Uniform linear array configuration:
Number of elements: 32
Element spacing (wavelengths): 0.25
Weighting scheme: hann
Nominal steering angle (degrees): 45
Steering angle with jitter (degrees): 46.164
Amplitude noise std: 0.05
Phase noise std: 0.05

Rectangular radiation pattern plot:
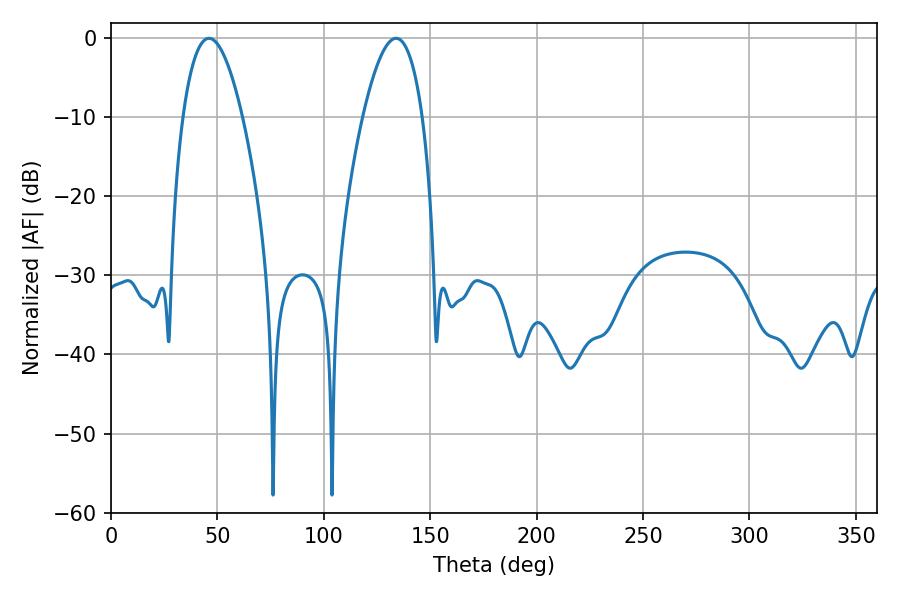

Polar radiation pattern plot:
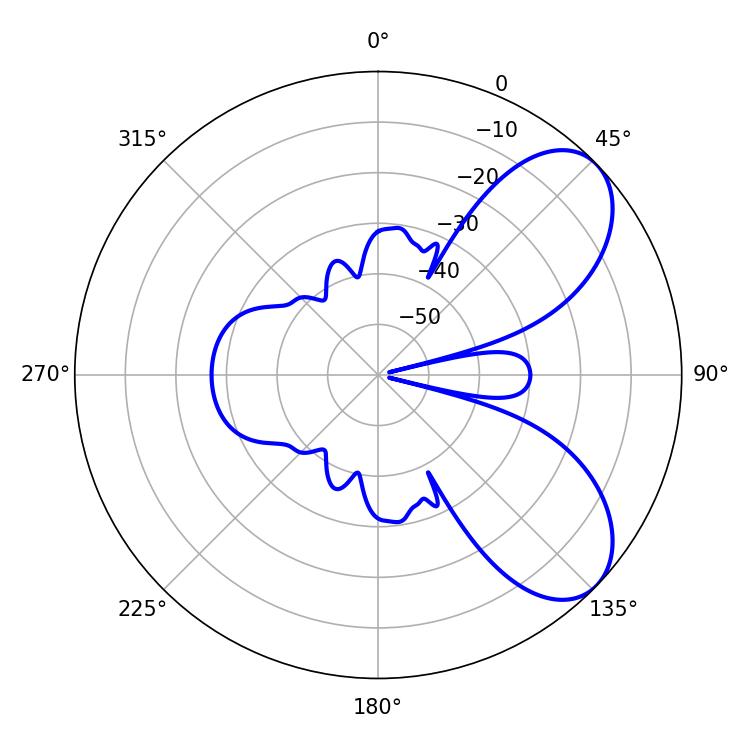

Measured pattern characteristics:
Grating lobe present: FALSE
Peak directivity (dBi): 6.803
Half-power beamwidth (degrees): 15.48
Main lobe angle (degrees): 46.08